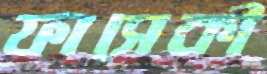
ফাসেকী